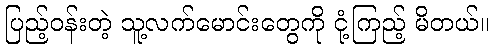
ပြည့်ဝန်းတဲ့ သူ့လက်မောင်းတွေကို ငုံ့ကြည့် မိတယ်။